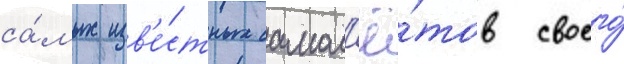
са́мых изв'е́стных самол'ё́тов своего́